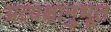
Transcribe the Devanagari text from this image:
प्रत्यक्षानुभूत